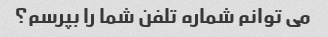
می توانم شماره تلفن شما را بپرسم؟